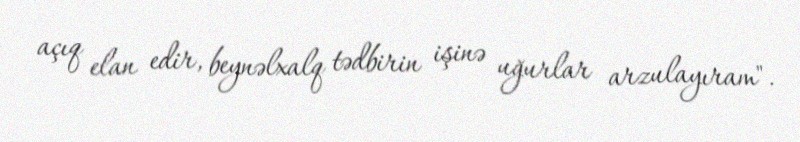
açıq elan edir, beynəlxalq tədbirin işinə uğurlar arzulayıram".